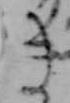
き